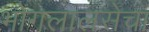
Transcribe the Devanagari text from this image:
भोगलालसेचा